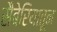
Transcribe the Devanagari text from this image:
सैबेरियातून